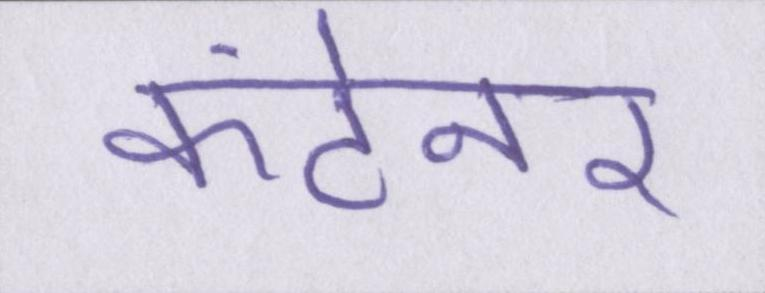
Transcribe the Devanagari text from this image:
कंटेनर